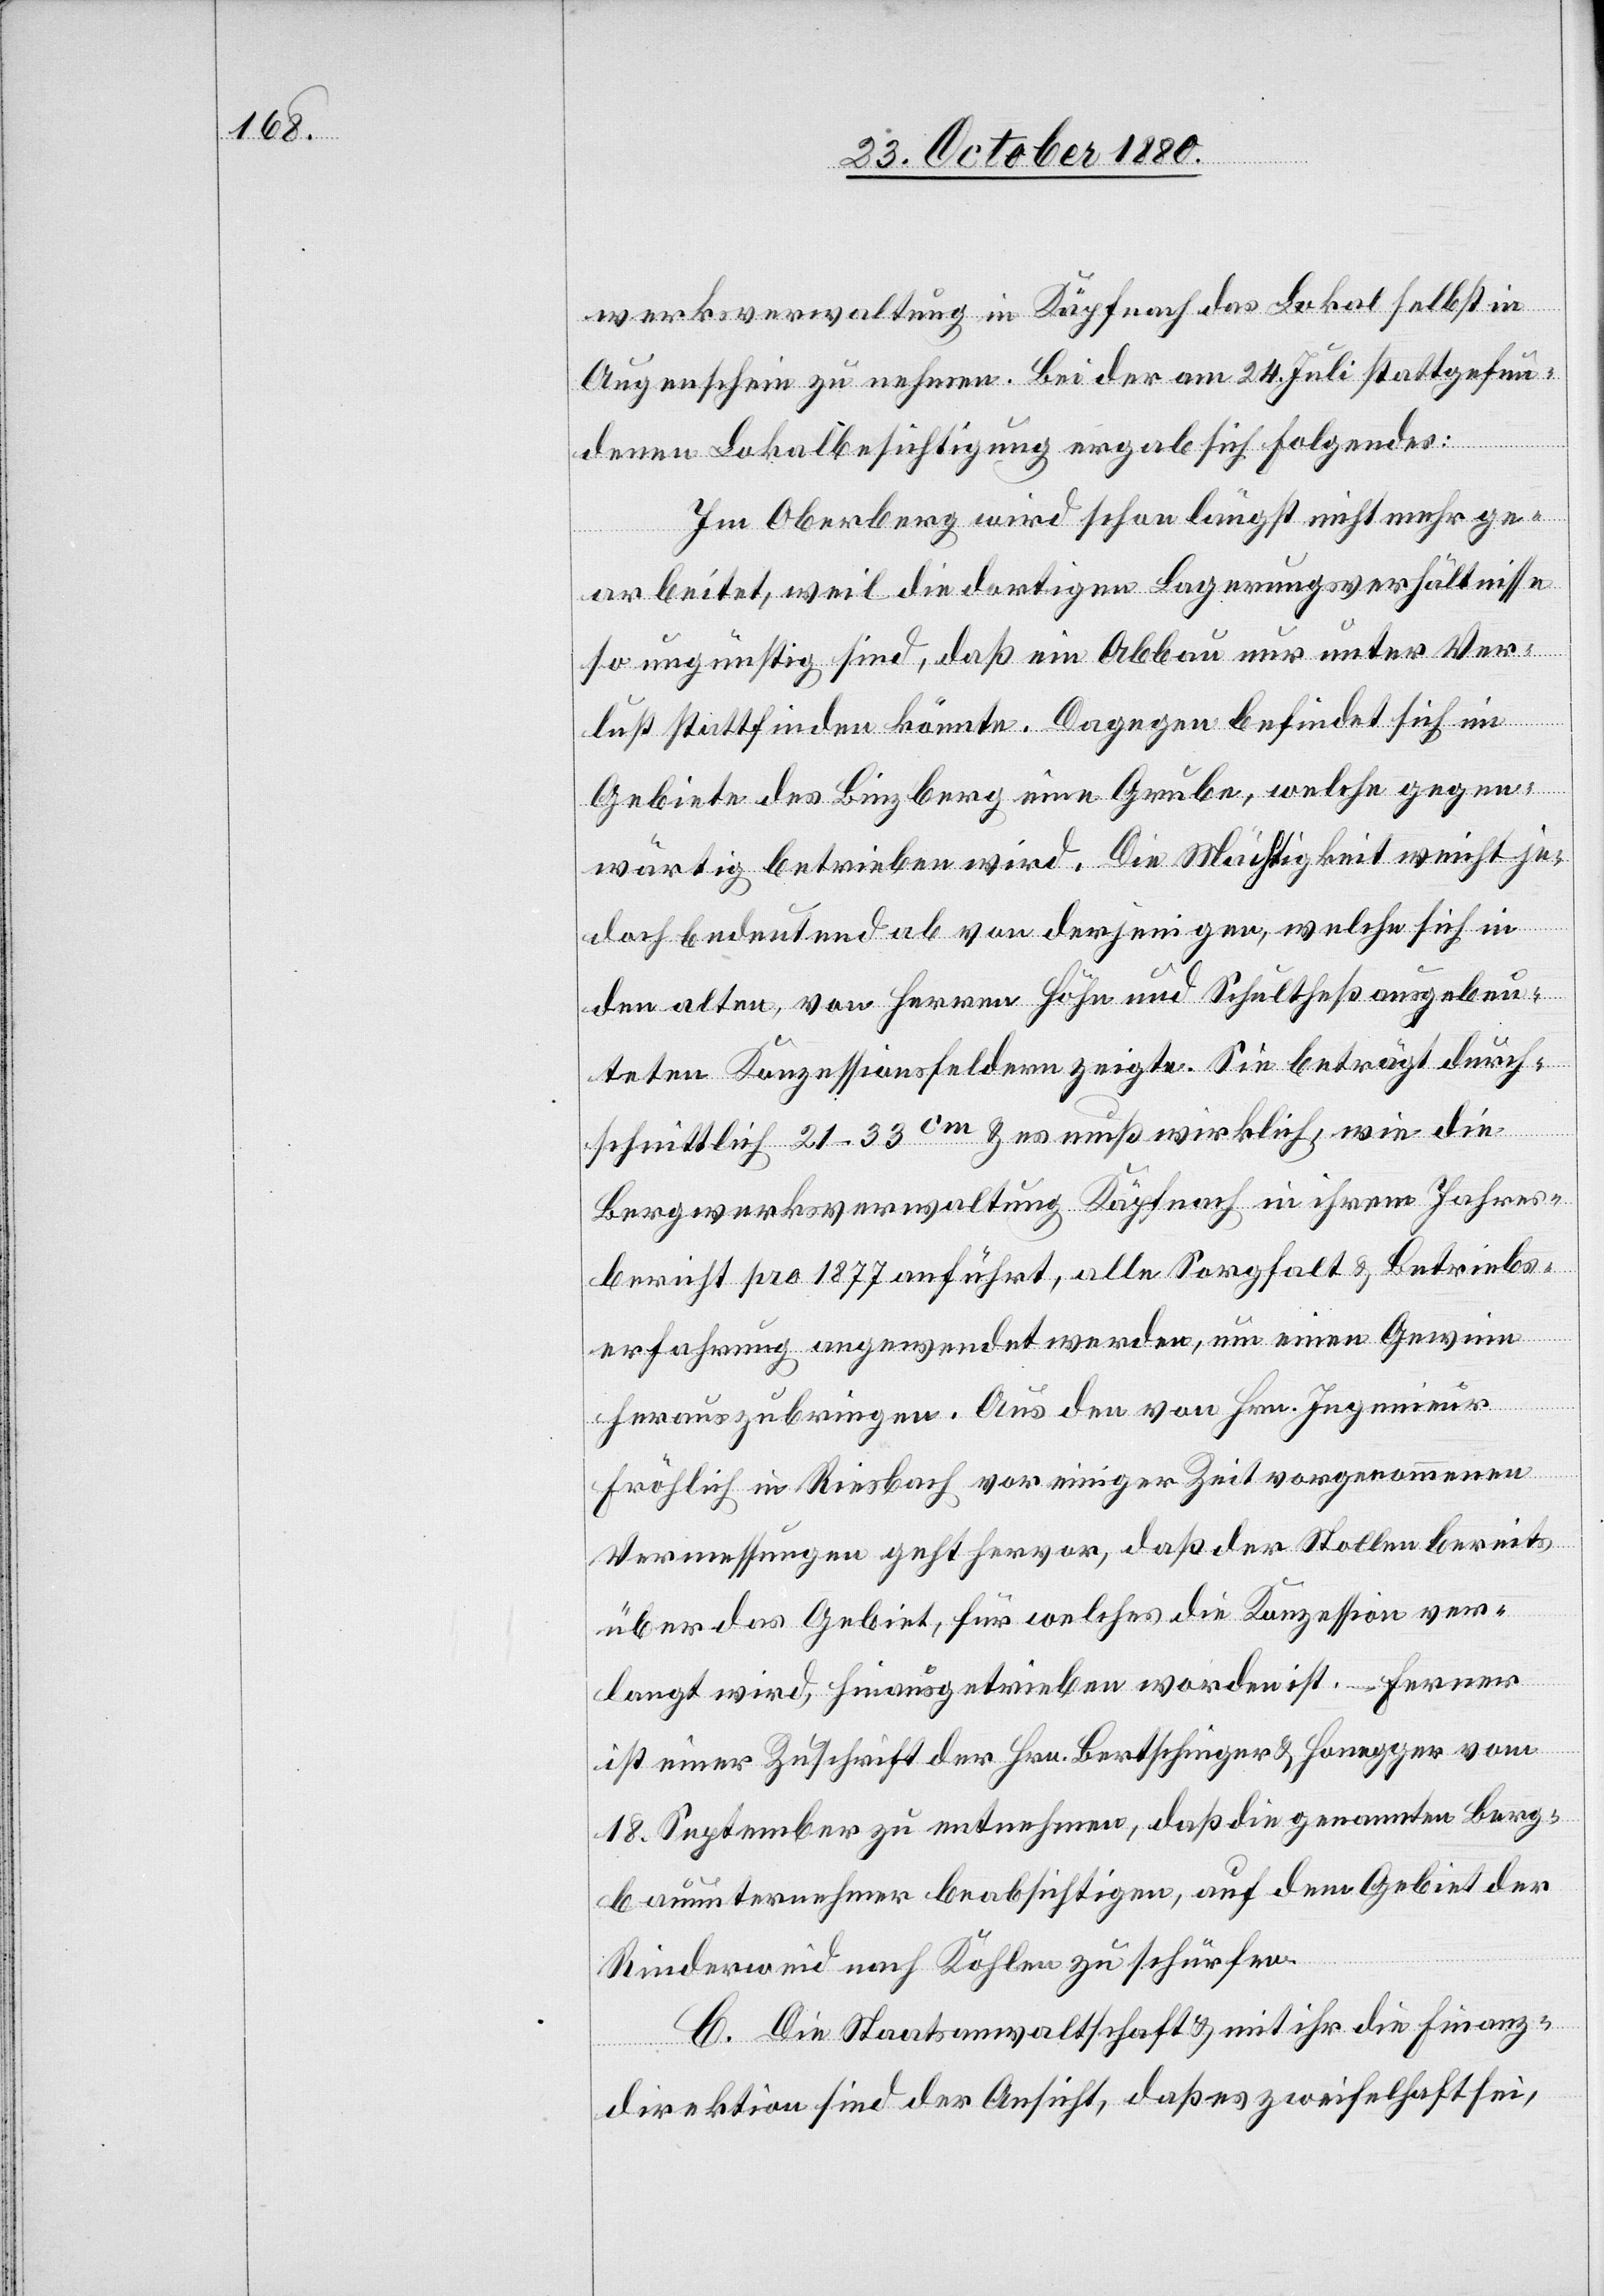
werksverwaltung in Käpfnach das Lokal selbst in
Augenschein zu nehmen. Bei der am 24. Juli stattgefun¬
den Lokalbesichtigung ergab sich Folgendes:
Im Oberberg wird schon längst nicht mehr ge¬
arbeitet, weil die dortigen Lagerungsverhältnisse
so ungünstig sind, daß ein Abbau nur unter Ver¬
lust stattfinden könnte. Dagegen befindet sich im
Gebiete des Binzberg eine Grube, welche gegen¬
wärtig betrieben wird. Die Mächtigkeit weicht je¬
doch bedeutend ab von derjenigen, welche sich in
den alten, von Herren Höhe und Schultheß ausgebeu¬
teten Konzessionsfeldern zeigte. Sie beträgt durch¬
schnittlich 21–33cm & es muß wirklich, wie die
Bergwerkverwaltung Käpfnach in ihrem Jahres¬
bericht pro 1877 anführt, alle Sorgfalt & Betriebs¬
erfahrung angewendet werden, um einen Gewinn
herauszubringen. Aus den von Hrn. Ingenieur
Fröhlich in Riesbach vor einiger Zeit vorgenommenen
Vermessungen geht hervor, daß der Stollen bereits
über das Gebiet, für welches die Konzession ver¬
langt wird, hinausgetrieben worden ist. – Ferner
ist einer Zuschrift der Hrn. Bertschinger & Honegger vom
18. September zu entnehmen, daß die genannten Berg¬
bauunternehmer beabsichtigen, auf dem Gebiet der
Riederweid nach Kohlen zu schürfen.
C. Die Staatsanwaltschaft & mit ihr die Finanz¬
direktion sind der Ansicht, daß es zweifelhaft sei,